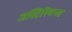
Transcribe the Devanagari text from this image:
जस्टिनियानस